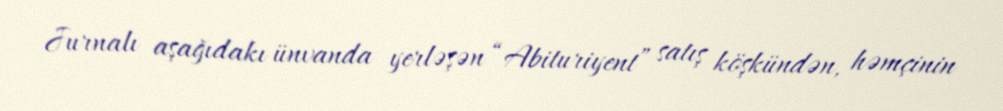
Jurnalı aşağıdakı ünvanda yerləşən “Abituriyent” satış köşkündən, həmçinin